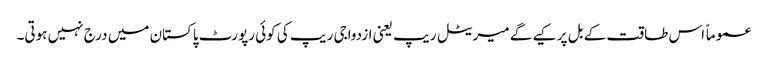
عموماً اس طاقت کے بل پر کیے گے میریٹل ریپ یعنی ازدواجی ریپ کی کوئی رپورٹ پاکستان میں درج نہیں ہوتی۔